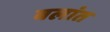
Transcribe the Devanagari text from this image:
बलांत